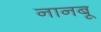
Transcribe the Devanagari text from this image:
नानबू